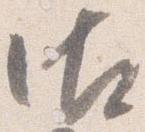
御